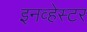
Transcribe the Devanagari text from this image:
इनव्हेस्टर